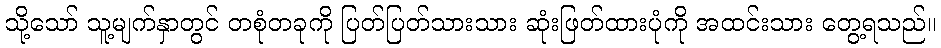
သို့သော် သူ့မျက်နှာတွင် တစုံတခုကို ပြတ်ပြတ်သားသား ဆုံးဖြတ်ထားပုံကို အထင်းသား တွေ့ရသည်။